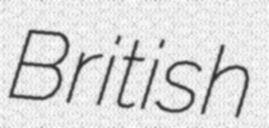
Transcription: British